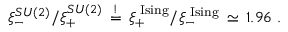
\xi _ { - } ^ { S U ( 2 ) } / \xi _ { + } ^ { S U ( 2 ) } \, \stackrel { ! } { = } \, \xi _ { + } ^ { \mathrm { \tiny ~ I s i n g } } / \xi _ { - } ^ { \mathrm { \tiny ~ I s i n g } } \, \simeq \, 1 . 9 6 \; .